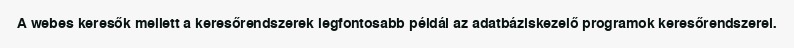
A webes keresők mellett a keresőrendszerek legfontosabb példái az adatbáziskezelő programok keresőrendszerei.